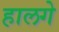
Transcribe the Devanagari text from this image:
हालगे